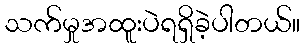
သက်မှုအထူးပဲရရှိခဲ့ပါတယ်။